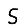
Digit: 5